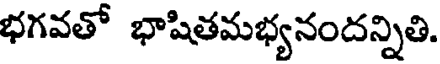
భగవతో భాషితమభ్యనందన్నితి.